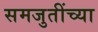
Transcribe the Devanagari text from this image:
समजुतींच्या